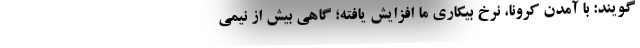
‌گویند: با آمدن کرونا، نرخ بیکاری ما افزایش یافته؛ گاهی بیش از نیمی